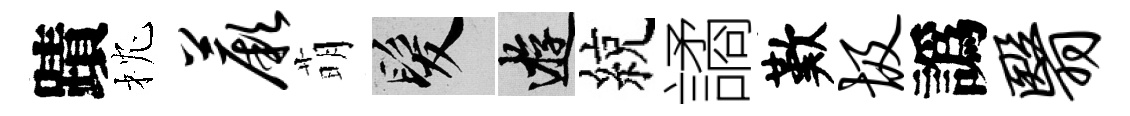
蹟枕蕨萌髮游綂譎歎圾譌翳